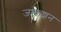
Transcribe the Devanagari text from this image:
जन्कशन